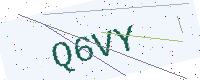
Text: Q6VY